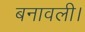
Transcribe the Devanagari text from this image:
बनावली।